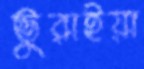
ভুরাইয়া